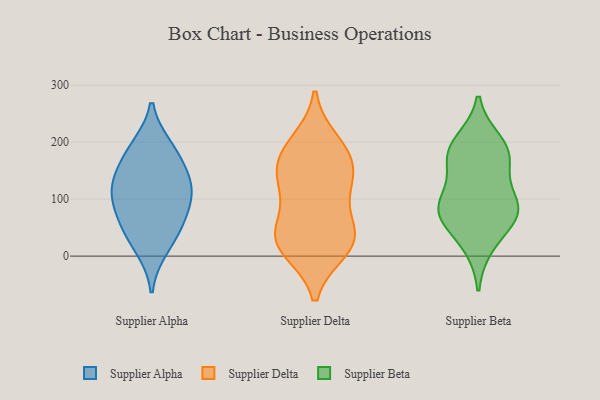
{"axis": {"x": "Backlog", "y": "Value"}, "legend": ["Supplier Alpha", "Supplier Beta", "Supplier Delta"], "data": [{"x": "", "y": 183, "type": "Supplier Alpha"}, {"x": "", "y": 118, "type": "Supplier Alpha"}, {"x": "", "y": 91, "type": "Supplier Alpha"}, {"x": "", "y": 14, "type": "Supplier Alpha"}, {"x": "", "y": 102, "type": "Supplier Alpha"}, {"x": "", "y": 51, "type": "Supplier Alpha"}, {"x": "", "y": 130, "type": "Supplier Alpha"}, {"x": "", "y": 146, "type": "Supplier Alpha"}, {"x": "", "y": 191, "type": "Supplier Alpha"}, {"x": "", "y": 52, "type": "Supplier Alpha"}, {"x": "", "y": 38, "type": "Supplier Delta"}, {"x": "", "y": 11, "type": "Supplier Delta"}, {"x": "", "y": 122, "type": "Supplier Delta"}, {"x": "", "y": 171, "type": "Supplier Delta"}, {"x": "", "y": 163, "type": "Supplier Delta"}, {"x": "", "y": 39, "type": "Supplier Delta"}, {"x": "", "y": 50, "type": "Supplier Delta"}, {"x": "", "y": 12, "type": "Supplier Delta"}, {"x": "", "y": 30, "type": "Supplier Delta"}, {"x": "", "y": 200, "type": "Supplier Delta"}, {"x": "", "y": 126, "type": "Supplier Delta"}, {"x": "", "y": 125, "type": "Supplier Delta"}, {"x": "", "y": 186, "type": "Supplier Delta"}, {"x": "", "y": 96, "type": "Supplier Beta"}, {"x": "", "y": 20, "type": "Supplier Beta"}, {"x": "", "y": 174, "type": "Supplier Beta"}, {"x": "", "y": 84, "type": "Supplier Beta"}, {"x": "", "y": 67, "type": "Supplier Beta"}, {"x": "", "y": 181, "type": "Supplier Beta"}, {"x": "", "y": 169, "type": "Supplier Beta"}, {"x": "", "y": 87, "type": "Supplier Beta"}, {"x": "", "y": 199, "type": "Supplier Beta"}, {"x": "", "y": 77, "type": "Supplier Beta"}]}